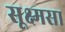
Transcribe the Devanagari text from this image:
सूक्ष्मसा